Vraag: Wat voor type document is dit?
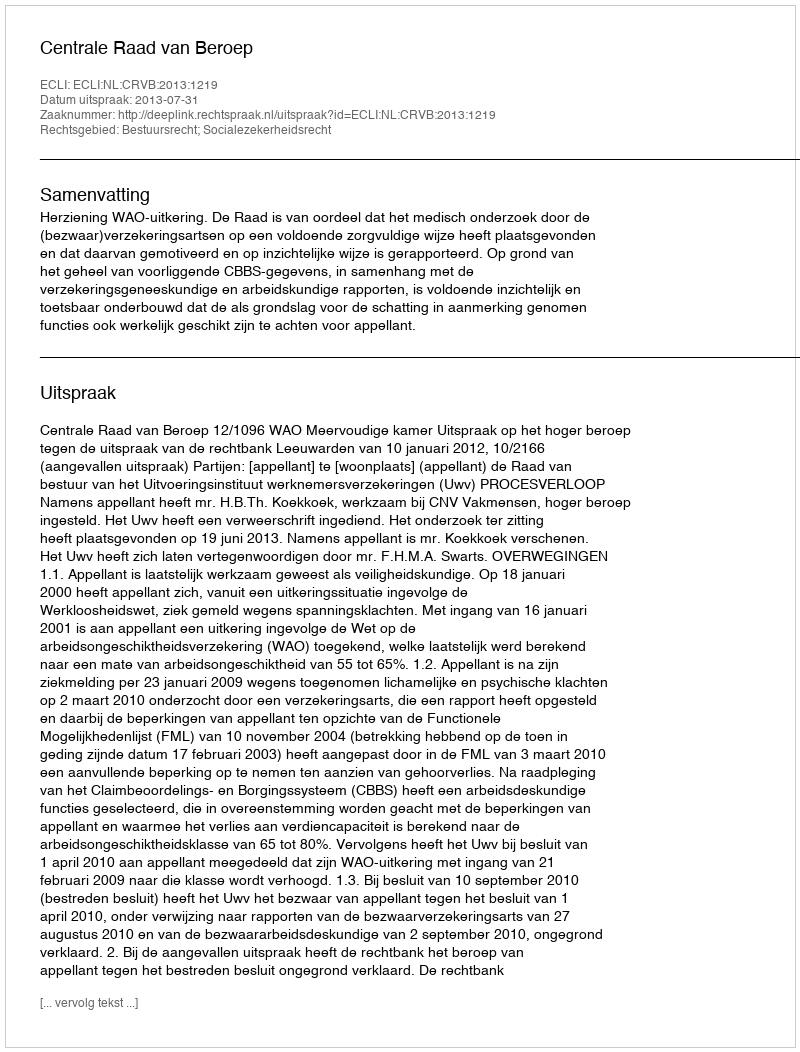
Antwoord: Uitspraak